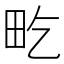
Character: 𤰢